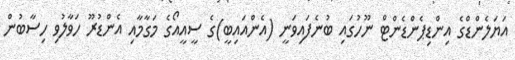
އަޔަލެންޑްގެ އިންޑިޕެންޑެންޓް ނޫހުގައި ބުނެފައިވަނީ (އެންއައިބީ)ގެ ސީއީއޯގެ މަގާމާއި އެންޑުރޫ ހަވާލުވި ހިސާބުން